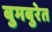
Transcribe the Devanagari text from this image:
बुमबुरेत